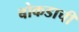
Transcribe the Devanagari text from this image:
बोकडाची